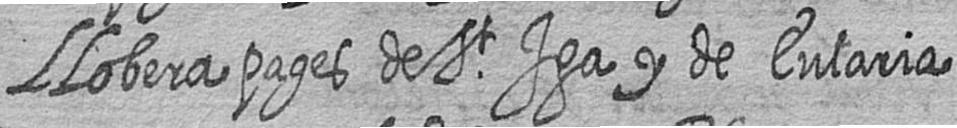
Llobera pages de St Iga y de Eularia